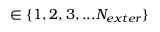
\in \{ 1 , 2 , 3 , . . . N _ { e x t e r } \}